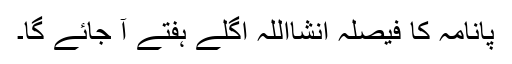
پانامہ کا فیصلہ انشااللہ اگلے ہفتے آ جائے گا۔